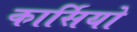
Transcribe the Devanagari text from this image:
कार्सियो